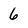
Character: 6